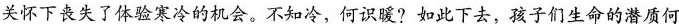
关怀下丧失了体验寒冷的机会。不知冷，何识暖?如此下去，孩子们生命的潜质何